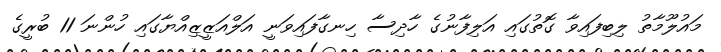
މައުލޫމާތު ލިބިފައިވާ ގޮތުގައި އަލިފާނުގެ ހާދިސާ ހިނގާފައިވަނީ އަލްއަޒީޒިއްޔާގައި ހުންނަ 11 ބުރީގެ